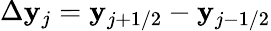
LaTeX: \Delta\mathbf{y}_{j}=\mathbf{y}_{j+1/2}-\mathbf{y}_{j-1/2}